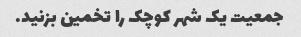
جمعیت یک شهر کوچک را تخمین بزنید.